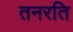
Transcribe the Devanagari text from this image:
तनरति